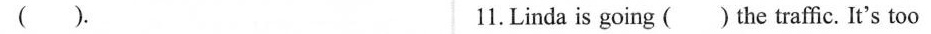
( ). 11.Linda is going ()the traffic. It's too